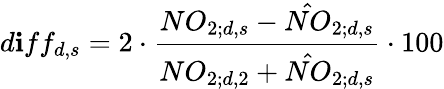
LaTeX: d\mathbf{i}ff_{d,s}=2\cdot\frac{{NO_{2;d,s}-\hat{{NO}}_{2;d,s}}}{{NO_{2;d,2}+\hat{{NO}}_{2;d,s}}}\cdot100